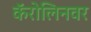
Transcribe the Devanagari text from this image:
कॅरोलिनवर